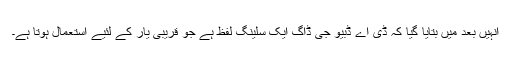
انہیں‌ بعد میں‌ بتایا گیا کہ ڈی اے ڈبیو جی ڈاگ ایک سلینگ لفظ ہے جو قریبی یار کے لئیے استعمال ہوتا ہے۔